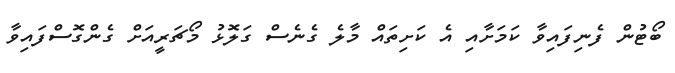
ބޯޓުން ފެނިފައިވާ ކަމަށާއި އެ ކަށިތައް މާލެ ގެނެސް ގަލޮޅު މޯޗަރީއަށް ގެންގޮސްފައިވާ